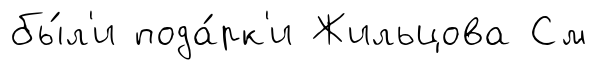
бы́л'и пода́рк'и Жильцова См